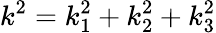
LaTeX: k^{2}=k_{1}^{2}+k_{2}^{2}+k_{3}^{2}